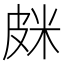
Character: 𰤦